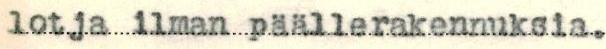
lotja ilman päällerakennuksia.